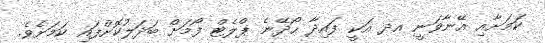
ކަމަށާއި އޭނާވަނީ އދ އަކީ ފައިދާ ހޯދޭނެ ޕްލެޓް ފޯމަށް ބަދަލުކޮށްފައި ކަމަށެވެ.